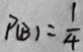
P ( B ) = \frac { 1 } { 4 }